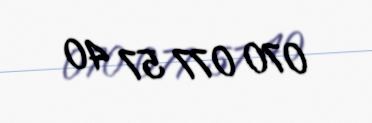
070 077 57 40